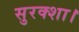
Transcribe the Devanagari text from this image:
सुरक्शा।